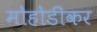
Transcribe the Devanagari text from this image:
मोहोडीकर